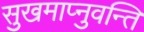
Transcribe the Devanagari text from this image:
सुखमाप्नुवन्ति